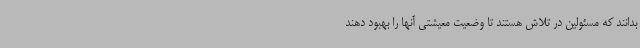
بدانند که مسئولین در تلاش هستند تا وضعیت معیشتی آنها را بهبود دهند